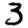
Digit: 3